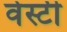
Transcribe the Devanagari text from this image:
वेस्टी